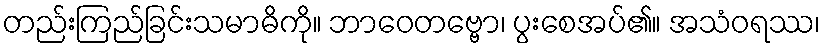
တည်းကြည်ခြင်းသမာဓိကို။ ဘာဝေတဗ္ဗော၊ ပွးစေအပ်၏။ အသံဝရဿ၊